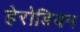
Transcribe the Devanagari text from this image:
हेरोडियन